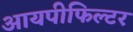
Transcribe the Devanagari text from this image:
आयपीफिल्टर